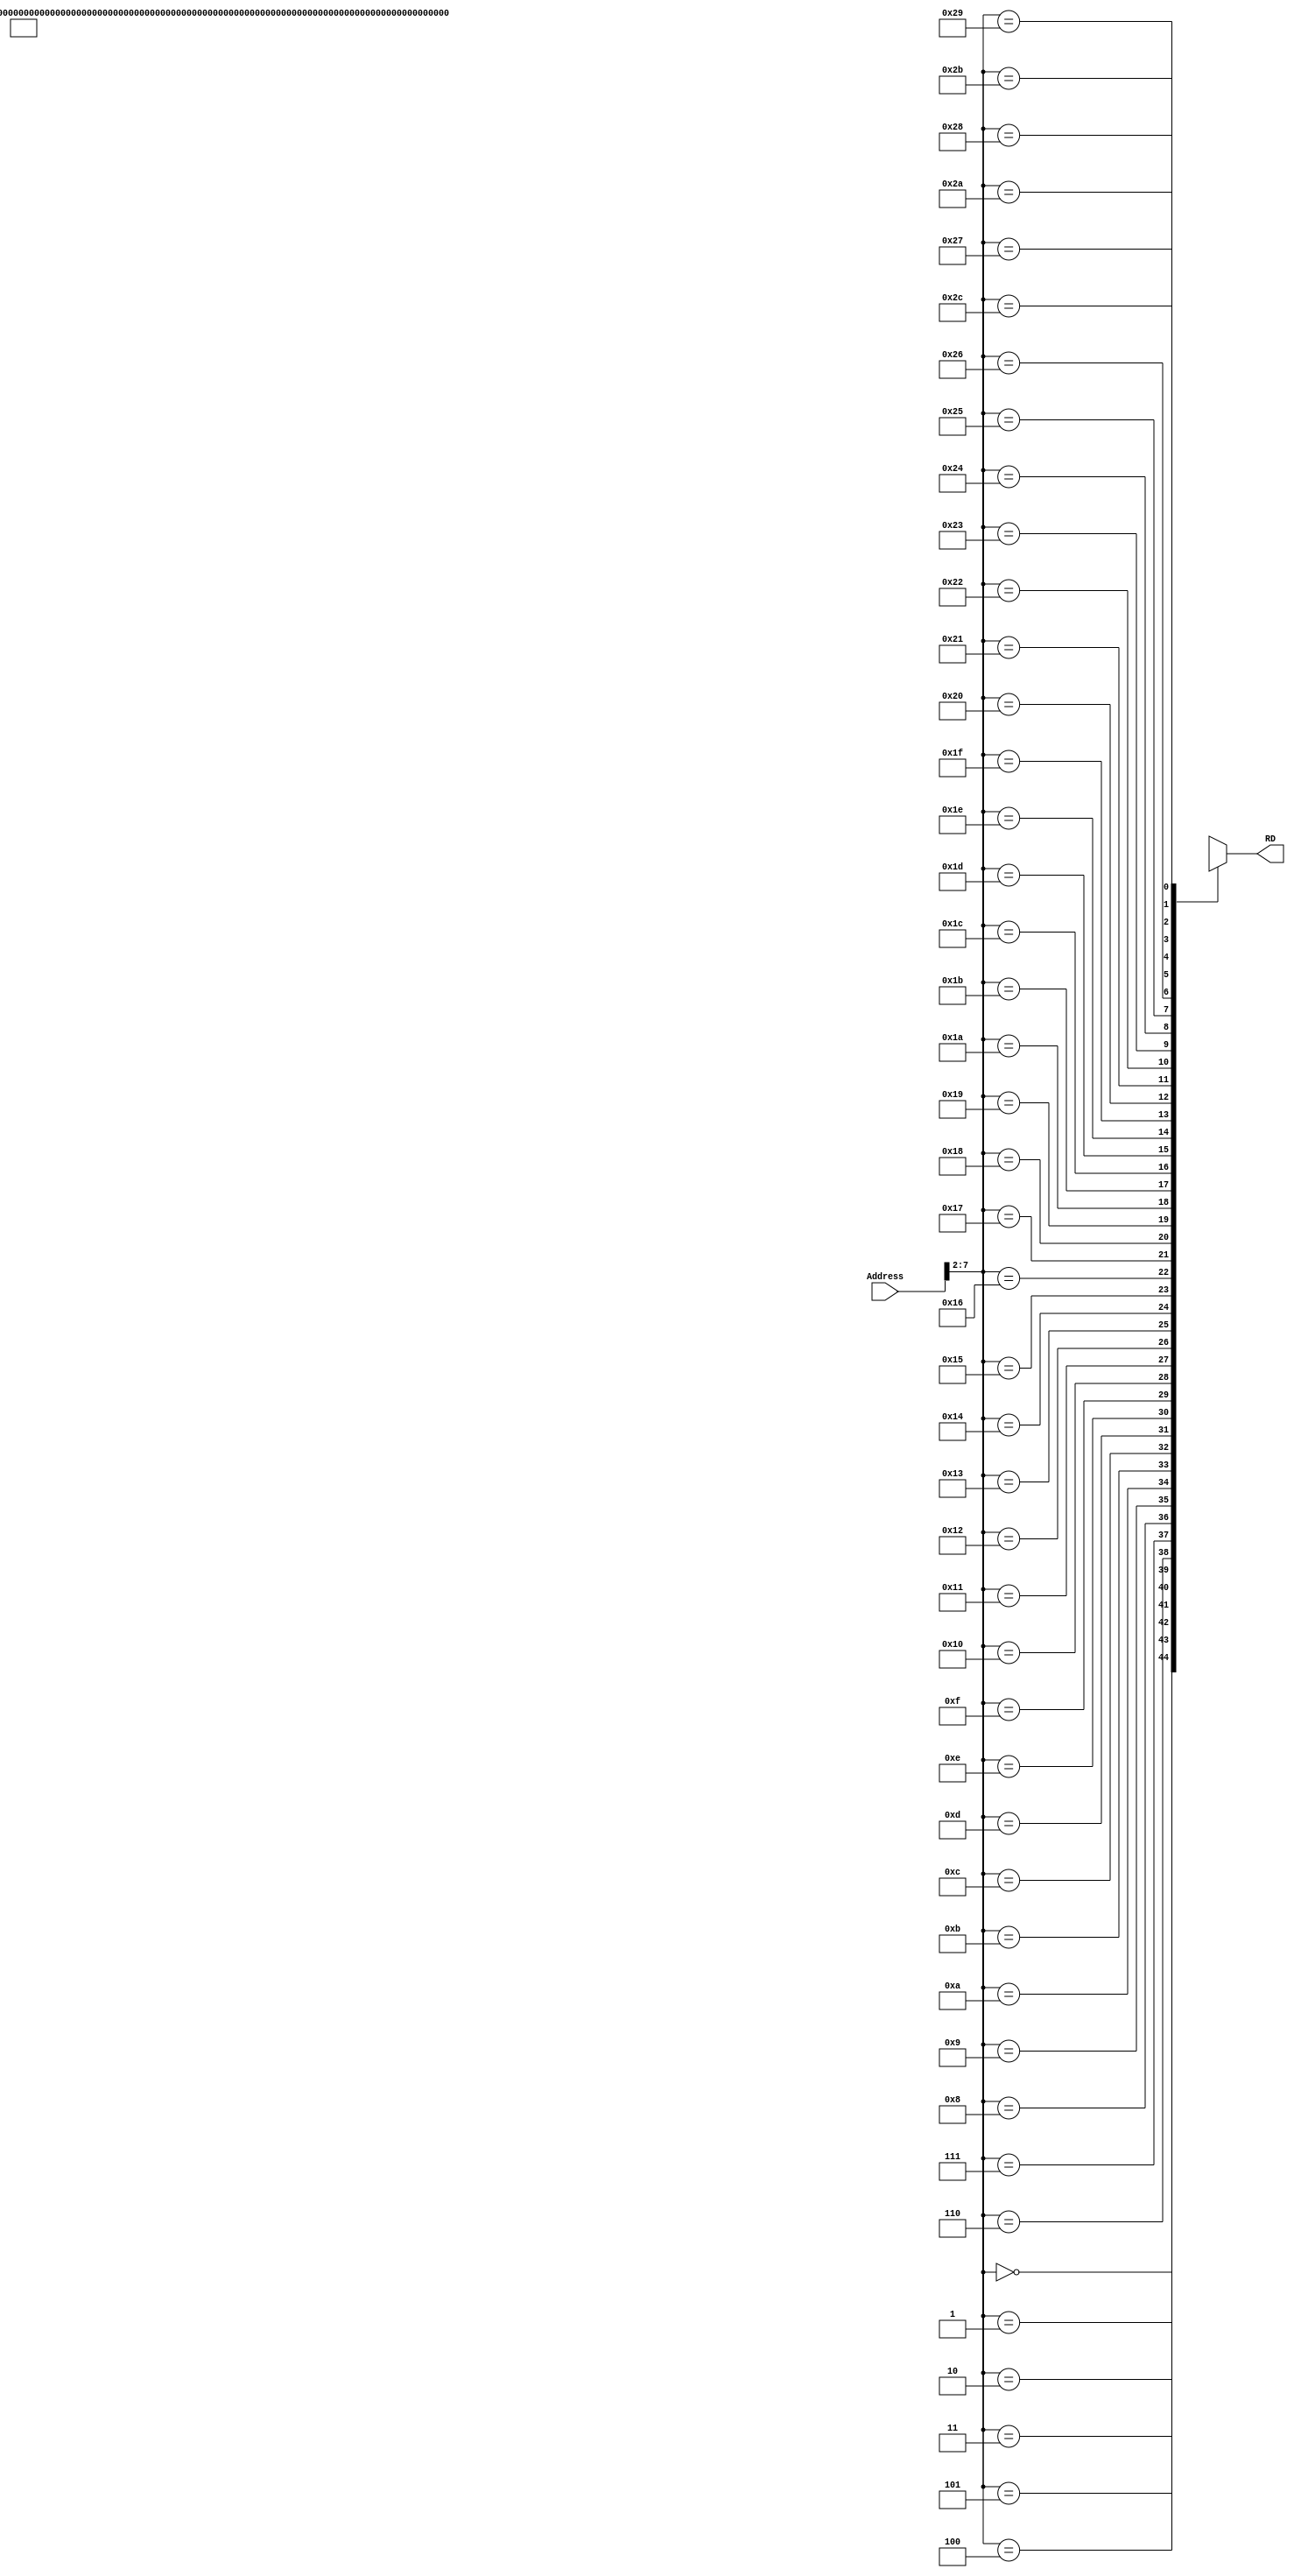
module instruction_mem(
    input [31:0] Address,
    output [31:0] RD
);

wire [5:0] shifted_address;
assign shifted_address = Address [7:2];
wire [31:0] INS_MEM [0:44];




assign INS_MEM[0] = 32'b00100000000010000000000000010000; //Begin:  addi t0 zero 0x10    
assign INS_MEM[1] = 32'b00100000000010010000000000001010; //        addi t1 zero 0x0a    
assign INS_MEM[2] = 32'b00000001000010011000000000100100; //        and $s0, $t0, $t1   
assign INS_MEM[3] = 32'b00000001000010011000000000100101; //        or $s0, $t0, $t1    
assign INS_MEM[4] = 32'b10101100000100000000000000000100; //        sw $s0, 4($zero)  
assign INS_MEM[5] = 32'b10101100000010000000000000001000; //        sw $t0, 8($zero)   
assign INS_MEM[6] = 32'b00000001000010011000100000100000; //        add $s1, $t0, $t1    
assign INS_MEM[7] = 32'b00000001000010011001000000100010; //        sub $s2, $t0, $t1   
assign INS_MEM[8] = 32'b10001100000100010000000000000100; //        lw $s1, 4($zero)    
assign INS_MEM[9] = 32'b00100010001100100000000001001000; //        addi $s2, $s1, 0x48   
assign INS_MEM[10] = 32'b10001100000100110000000000001000; //       lw $s3, 8($zero)    
assign INS_MEM[11] = 32'b00000010001100111001000000100000; //       add s2 s1 s3     
assign INS_MEM[12] = 32'b00000000000000001000100000100000 ;//       add $s1 $0 $0   
assign INS_MEM[13] = 32'b00000000000000001000000000100000 ;//       add $s0 $0 $0    
assign INS_MEM[14] = 32'b00100000000010000000000000001010; //       add $t0 $0 $10     
assign INS_MEM[15] = 32'b00010001000100000000000000000011; //for:   beq $s0, $t0, done                         
assign INS_MEM[16] = 32'b00000010001100001000100000100000 ;//       add $s1 $s1 $s0          
assign INS_MEM[17] = 32'b00100010000100000000000000000001 ;//       ADDI $s0 $s0 0x1                                            
assign INS_MEM[18] = 32'b00001000000000000000000000001111 ; //      j for  
assign INS_MEM[19] = 32'b00001000000000000000000000000000; //done : j Begin              



//********************************************************************************************************************************

/*


assign INS_MEM[0] = 32'b00100000000010010000000000001111; //addi t1 zero 0x0f    15
assign INS_MEM[1] = 32'b00000000000000001000100000100000 ;//add $s1 $0 $0    0
assign INS_MEM[2] = 32'b00000000000000001000000000100000 ;//add $s0 $0 $0     0
assign INS_MEM[3] = 32'b00100000000010000000000000001010; //add $t0 $0 $10     0
assign INS_MEM[4] = 32'b00010001000100000000000000000011;    //for:     beq $s0, $t0, done                         
assign INS_MEM[5] = 32'b00000010001100001000100000100000 ;//add $s1 $s1 $s0          
assign INS_MEM[6] = 32'b00100010000100000000000000000001 ;//ADDI $s0 $s0 0x1                                            
assign INS_MEM[7] = 32'b00001000000000000000000000000100; //j for  
assign INS_MEM[8] = 32'b00001000000000000000000000000000; //j Begin                      
*/





//******************************************************************************************



assign RD = INS_MEM [shifted_address];

endmodule